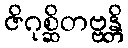
ဇိဂုစ္ဆိတဗ္ဗန္တိ